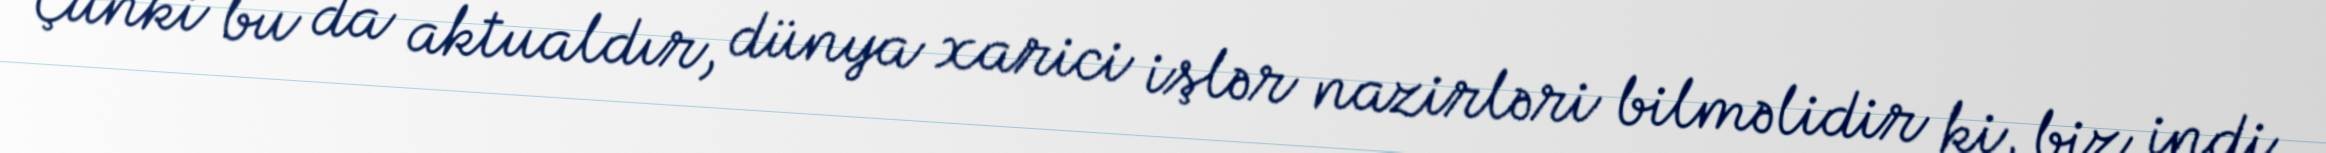
Çünki bu da aktualdır, dünya xarici işlər nazirləri bilməlidir ki, biz indi